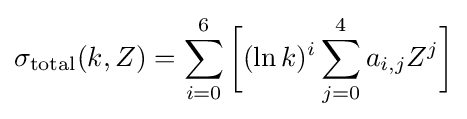
\sigma _{\text{total}}(k,Z)=\sum _{i=0}^{6}{\biggl [}(\ln {k})^{i}\sum _{j=0}^{4}a_{i,j}Z^{j}{\biggr ]}